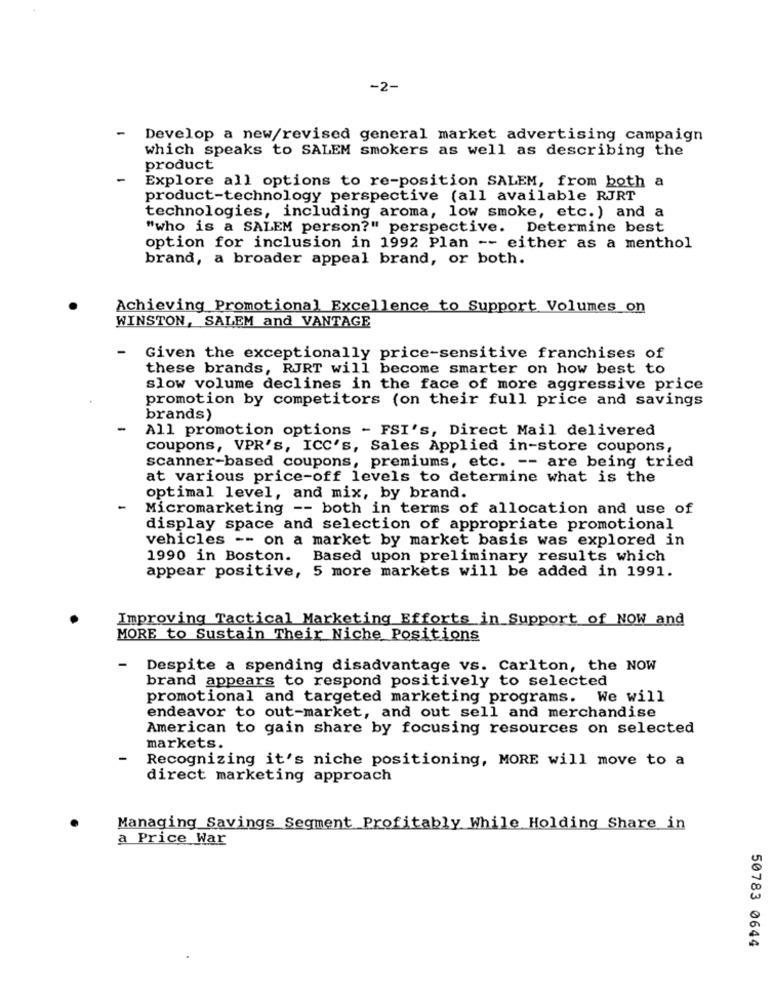
-2-
-
Develop a new/revised general market advertising campaign
which speaks to SALEM smokers as well as describing the
product
Explore all options to re-position SALEM, from both a
product-technology perspective (all available RJRT
technologies, including aroma, low smoke, etc.) and a
"who is a SALEM person?" perspective. Determine best
option for inclusion in 1992 Plan -- either as a menthol
brand, a broader appeal brand, or both.
Achieving Promotional Excellence to Support Volumes on
WINSTON, SALEM and VANTAGE
Given the exceptionally price-sensitive franchises of
these brands, RJRT will become smarter on how best to
slow volume declines in the face of more aggressive price
promotion by competitors (on their full price and savings
brands)
All promotion options - FSI's, Direct Mail delivered
coupons, VPR's, ICC's, Sales Applied in-store coupons,
scanner-based coupons, premiums, etc. -- are being tried
at various price-off levels to determine what is the
optimal level, and mix, by brand.
Micromarketing -- both in terms of allocation and use of
display space and selection of appropriate promotional
vehicles -- on a market by market basis was explored in
1990 in Boston. Based upon preliminary results which
appear positive, 5 more markets will be added in 1991.
Improving Tactical Marketing Efforts in Support of NOW and
MORE to Sustain Their Niche Positions
-
Despite a spending disadvantage vs. Carlton, the NOW
brand appears to respond positively to selected
promotional and targeted marketing programs. We will
endeavor to out-market, and out sell and merchandise
American to gain share by focusing resources on selected
markets.
Recognizing it's niche positioning, MORE will move to a
direct marketing approach
Managing Savings Segment Profitably While Holding Share in
a Price War
50783 0644